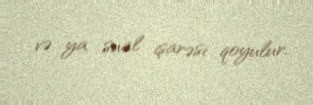
və ya sual işarəsi qoyulur.